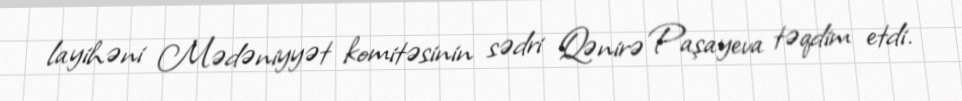
layihəni Mədəniyyət komitəsinin sədri Qənirə Paşayeva təqdim etdi.